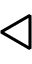
\triangleleft